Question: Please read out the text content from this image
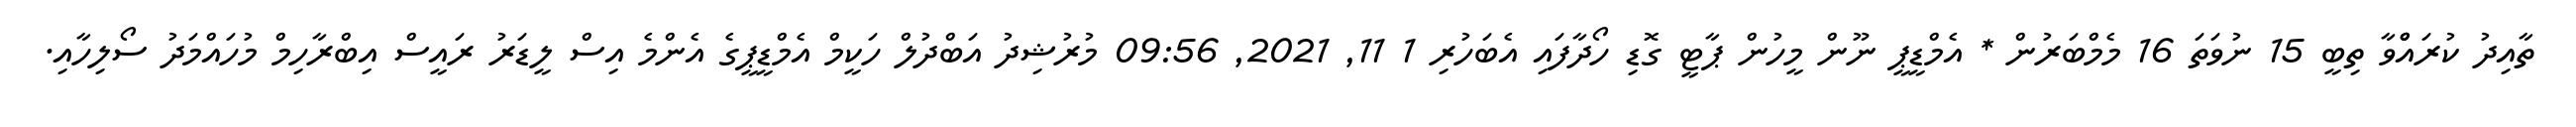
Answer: ތާއިދު ކުރައްްވާ ތިބީ 15 ނުވަތަ 16 މެމްބަރުން * އެމްޑީޕީ ނޫން މީހުން ޕާޓީ ގޮޑި ހޯދާފައި އެބަހުރި 1 11, 2021, 09:56 މުރުޝިދު އަބްދުލް ހަކީމް އެމްޑީޕީގެ އެންމެ އިސް ލީޑަރު ރައީސް އިބްރާހިމް މުހައްމަދު ސޯލިހާއި.